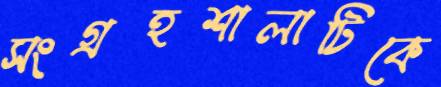
সংগ্রহশালাটিকে